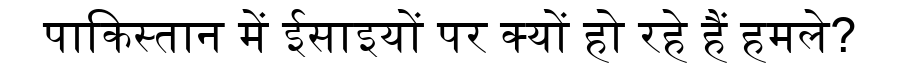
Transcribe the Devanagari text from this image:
पाकिस्तान में ईसाइयों पर क्यों हो रहे हैं हमले?